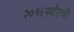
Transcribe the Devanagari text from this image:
२०१६पर्यंतची